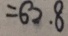
= 6 2 . 8